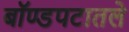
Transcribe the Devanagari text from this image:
बॉण्डपटातले